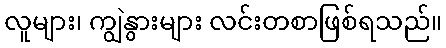
လူများ၊ ကျွဲနွားများ လင်းတစာဖြစ်ရသည်။